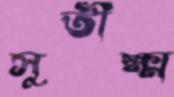
সুতীক্ষ্ম